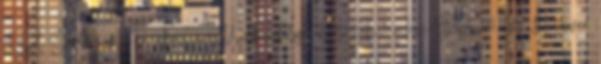
Royal Gardens of Herrenhausen és Welfenschloss. Kurt-Schumacher-Strasse 14 16, Hannover,